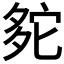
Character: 𡖟